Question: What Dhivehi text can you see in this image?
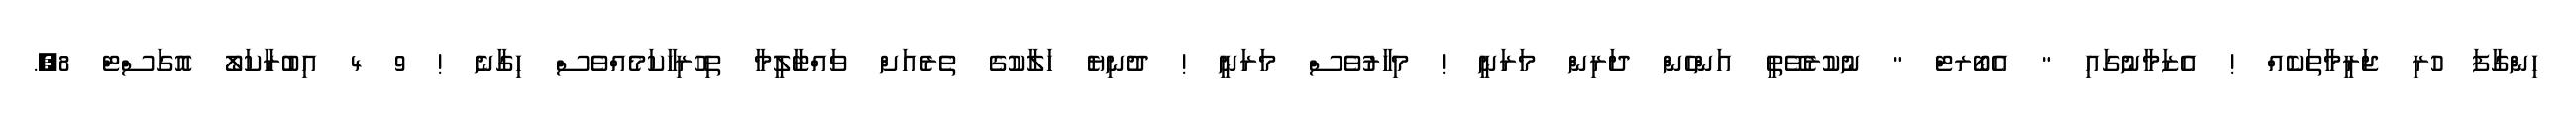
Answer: ހިންގާފަ ހުރި ޖަރީމާތަކެއް ! އެޒަމާނުގައި " އެބޯރޓް " ނުކުރެވޭތީ އަންހެން ދަރިން މަރަނީ ! މިހާރުވެސް މަރަނީ ! ދުނިޔެ ހަލާކުގެ ތެރެއަށް ވައްޓާލީމާ ތިހުރިހާކަމެއްވެސް ހިގާނެ ! 9 4 އިބުރާކަލޯ އޮގަސްޓް 8,.